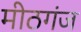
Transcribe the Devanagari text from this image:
मीठगंज